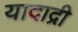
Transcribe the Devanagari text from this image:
यादाद्री